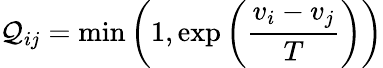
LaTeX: \mathcal{Q}_{ij}=\operatorname*{min}\left(1,\exp\left({\frac{{v_{i}-v_{j}}}{{T}}}\right)\right)